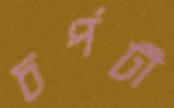
চর্পটী